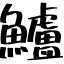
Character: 鱸